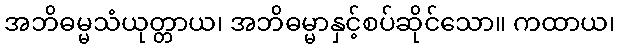
အဘိဓမ္မသံယုတ္တာယ၊ အဘိဓမ္မာနှင့်စပ်ဆိုင်သော။ ကထာယ၊